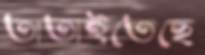
তাতাইতেছে